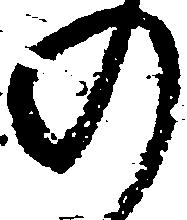
の